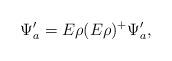
LaTeX: \begin{align*}\Psi'_a=E\rho(E\rho)^+\Psi'_a,\end{align*}